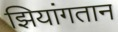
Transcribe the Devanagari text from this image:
झियांगतान